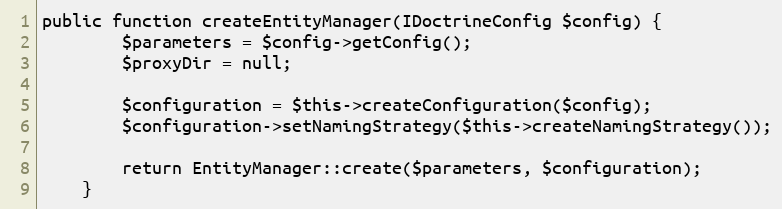
Language: PHP
public function createEntityManager(IDoctrineConfig $config) {
        $parameters = $config->getConfig();
        $proxyDir = null;

        $configuration = $this->createConfiguration($config);
        $configuration->setNamingStrategy($this->createNamingStrategy());

        return EntityManager::create($parameters, $configuration);
    }